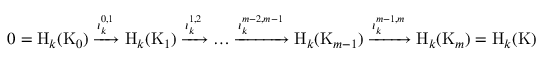
0 = \ensuremath { \mathrm { H } _ { k } } ( \mathrm { K } _ { 0 } ) \xrightarrow { \iota _ { k } ^ { 0 , 1 } } \ensuremath { \mathrm { H } _ { k } } ( \mathrm { K } _ { 1 } ) \xrightarrow { \iota _ { k } ^ { 1 , 2 } } \dots \xrightarrow { \iota _ { k } ^ { m - 2 , m - 1 } } \ensuremath { \mathrm { H } _ { k } } ( \mathrm { K } _ { m - 1 } ) \xrightarrow { \iota _ { k } ^ { m - 1 , m } } \ensuremath { \mathrm { H } _ { k } } ( \mathrm { K } _ { m } ) = \ensuremath { \mathrm { H } _ { k } } ( \mathrm { K } )